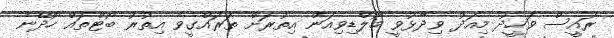
ރައީސް ވަހީދު މިއަދު ވިދާޅުވީ މޯލްޑިވިއަން އިތުރަށް ތަރައްގީވެ އިތުރު ބޯޓްތައް ހޯދޭނެ